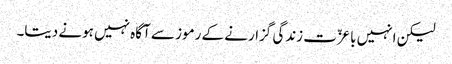
لیکن انہیں باعزّت زندگی گزارنے کے رموز سے آگاہ نہیں ہونے دیتا۔